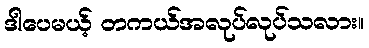
ဒါပေမယ့် တကယ်အလုပ်လုပ်သလား။